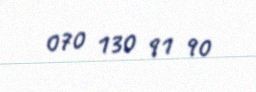
070 130 91 90